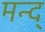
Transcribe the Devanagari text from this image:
मन्द्